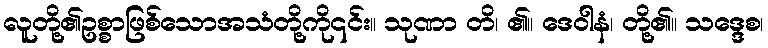
လူတို့၏ဥစ္စာဖြစ်သောအသံတို့ကို၎င်း။ သုဏာ တိ၊ ၏။ ဒေဝါနံ၊ တို့၏။ သဒ္ဒေစ၊